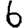
Digit: 6